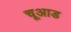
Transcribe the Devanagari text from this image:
चूआड